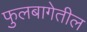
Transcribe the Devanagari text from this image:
फुलबागेतील